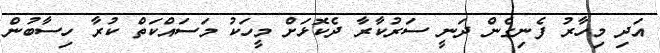
އަދި މިހާރު ފެނިގެން ދަނީ ސަރުކާރާ ދެކޮޅަށް މީހަކު މަސައްކަތް ކުރާ ހިސާބުން